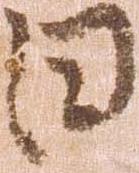
日